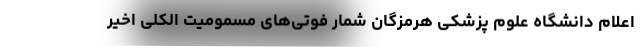
اعلام دانشگاه علوم پزشکی هرمزگان شمار فوتی‌های مسمومیت الکلی اخیر